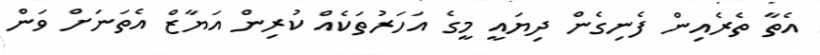
އެތާ ތެރެއިން ފެނިގެން ދިޔައީ މީގެ އަހަރުތަކެއް ކުރިން އަޔާޒް އެތަނަށް ވަން